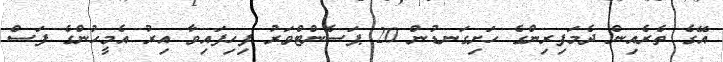
އޭގެ ތެރެއިން ދެމަފިރިންގެ ހަށިގަނޑުން 20 ޕަސެންޓްވަރު ފިހިފައިވާ އިރު އެމީހުންގެ ފަސް